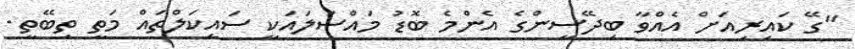
"ގޭ ކައިރިއަށް އެއްވާ ބިދޭސީންގެ އެންމެ ބޮޑު މައްސަލައަކީ ސައިކަލްތައް މަތީ ތިބޭތީ.